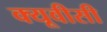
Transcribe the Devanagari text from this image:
क्यूवीसी